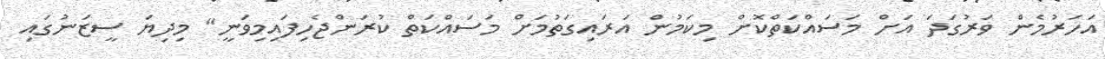
އަހަރުމެން ވަރުގަދަ އަށް މަސައްކަތްކޮށް މިކަމުން އަރައިގަތުމަށް މަސައްކަތް ކުރަންޖެހިފައިމިވަނީ" މިދިޔަ ސީޒަނުގައި